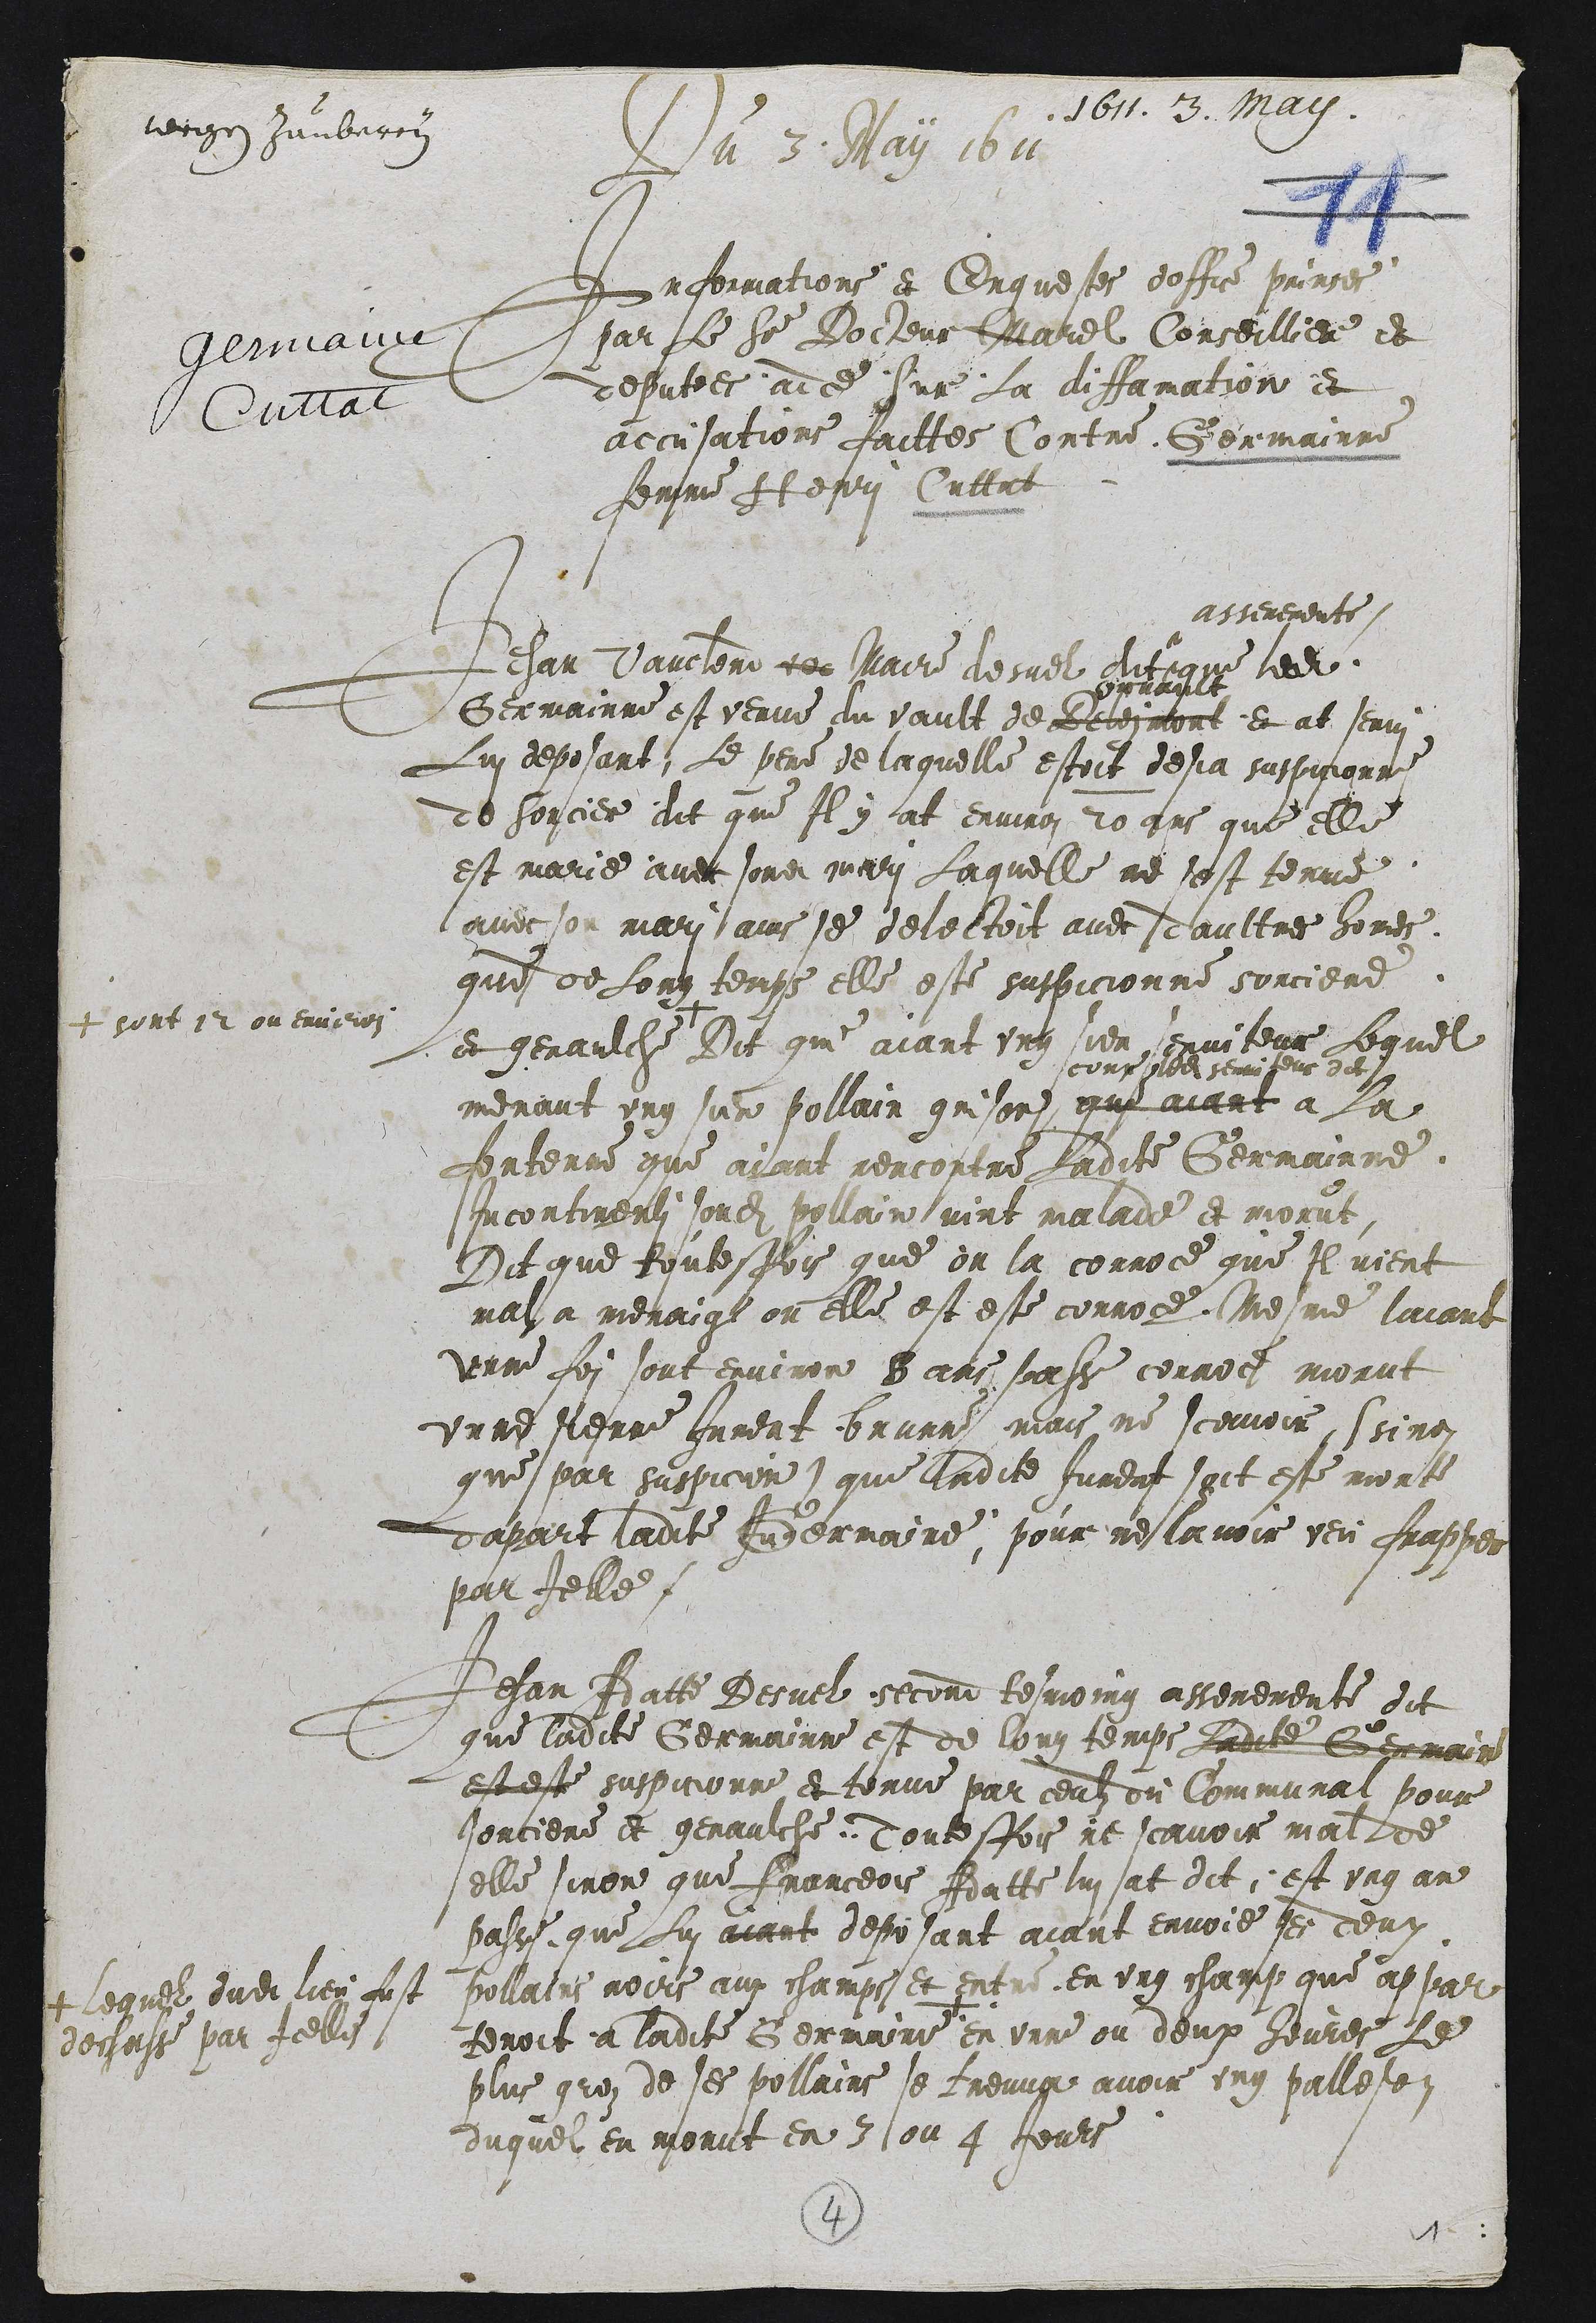
1611. 3. May.
lecogen hambaron
Du 3. May 1611
Informations et Enquestes doffre prinses
par le seu Docteur Marel Conseilliere dt
deputees aice sur La diffamation et
accusations faittes Contre Germainne
femme At esis Cutent

Jehan Vauclere ee Maire desuel dit
asseremente
que ledit
Germainne est venue du vault de Belesmont
vrvant
et at Jerri
Lui deposant, Le pene de laquelle estoit desja suspicionne
de sorciere dit que Il y at environ 20 ans que elle
est marie avec sondit mari Laquelle ne sest tenue
avec son mari ains se delectoit avec ddaultres homes
que de Long temps elle este suspicionne sorciere
et genaulche
+ sont 12 ou envrron
Dit qui aiant ung sien enviteur Lequel
menant ung sun pollain grison
scour Noss serriseus dit
que aiant à la
fentenue que ayant rencontre Ladite Germainne
Incontineuli sondit pollain vint malade et morut
Dit que toutesfois que on la corroce que Il vient
mal a menaige ou elle est este corroce Mesme laiant
unne foi sont environ 8 ans sasse conroes morut
unne serre Jument brunne mais, ne scevoir, ssinon
que par suspicion) que Ladite Jument soit este morte
dapart ladite Judermaine, pour ne lavoir veu frapper
par Ielle.

Jehan Adatte Desuel second tesmoing asseremente dit
que ladite Germainne est de loug temps Ladite Gesmain
est este suspicionne et tenue par ceulz du Communal pour
sorciere et genaulche Toutesfois ne scavoir mal de
elle sinon que Franceois Adatte lui at dit, est ung an
passe que Lui aiant deposant aiant envoie ses deux
pollairs roers aux champs et entre en ung champ que appar
tenoit a ladite Germaine
+ lequel dudit lieu fust
decjasse par Icelles
en unne ou deux heures le
plus gres de ses pollains se treuux avoir ung palleton
duquel en morut en 3 ou 4 Jeurs

4
et